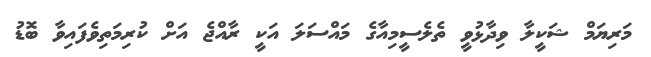
މަރިޔަމް ޝަކީލާ ވިދާޅުވީ ތެލެސީމިއާގެ މައްސަލަ އަކީ ރާއްޖެ އަށް ކުރިމަތިވެފައިވާ ބޮޑު